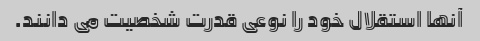
آنها استقلال خود را نوعی قدرت شخصیت می دانند.